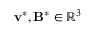
\mathbf { v } ^ { * } , \mathbf { B } ^ { * } \in \mathbb { R } ^ { 3 }